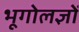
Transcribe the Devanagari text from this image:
भूगोलज्ञों